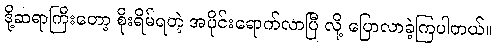
ဒို့ဆရာကြီးတော့ စိုးရိမ်ရတဲ့ အပိုင်းရောက်လာပြီ လို့ ပြောလာခဲ့ကြပါတယ်။